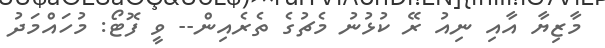
މާޒިޔާ އާއި ނިއު ރޭ ކުޅުނު މެޗުގެ ތެރެއިން-- ވީ ފޮޓޯ: މުހައްމަދު